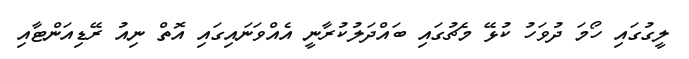
ލީގުގައި ހޯމަ ދުވަހު ކުޅޭ މެޗުގައި ބައްދަލުކުރާނީ އެއްވަނައިގައި އޮތް ނިއު ރޭޑިއަންޓާއި